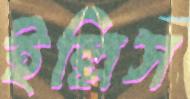
ইল্লিস